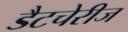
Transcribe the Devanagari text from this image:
डैटचेरीज